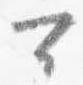
可